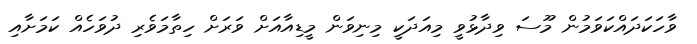
ވާހަކަދައްކަވަމުން މޫސަ ވިދާޅުވީ މިއަދަކީ މިނިވަން މީޑިއާއަށް ވަރަށް ހިތާމަވެރި ދުވަހެއް ކަމަށާއި